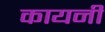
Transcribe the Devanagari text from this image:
कायनी